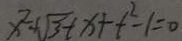
x ^ { 2 } + \sqrt { 3 } t x + t ^ { 2 } - 1 = 0